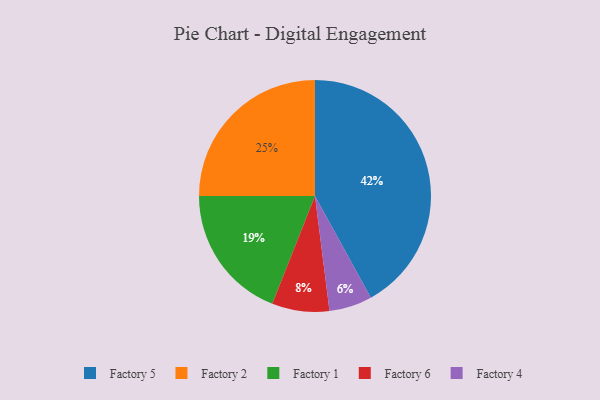
{"axis": {"x": "Category", "y": "Percentage"}, "legend": ["Factory 1", "Factory 2", "Factory 4", "Factory 5", "Factory 6"], "data": [{"x": "Factory 6", "y": 8, "type": "Factory 6"}, {"x": "Factory 1", "y": 19, "type": "Factory 1"}, {"x": "Factory 2", "y": 25, "type": "Factory 2"}, {"x": "Factory 5", "y": 42, "type": "Factory 5"}, {"x": "Factory 4", "y": 6, "type": "Factory 4"}]}